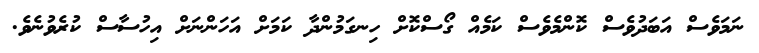
ނަމަވެސް އަބަދުވެސް ކޮންމެވެސް ކަމެއް ގޯސްކޮށް ހިނގަމުންދާ ކަމަށް އަހަންނަށް އިހުސާސް ކުރެވުނެވެ.